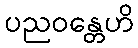
ပညဝန္တေဟိ